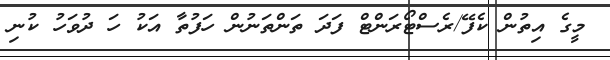
މީގެ އިތުން ކެފޭ/ރެސްޓޯރަންޓް ފަދަ ތަންތަނުން ހަފުތާ އަކު ހަ ދުވަހު ކުނި